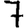
Digit: 7